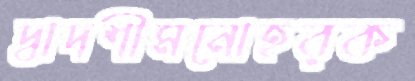
দ্বাদশীমনোহরক